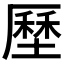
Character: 𡐰